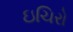
ઇચિરો